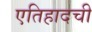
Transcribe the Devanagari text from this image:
एतिहादची